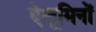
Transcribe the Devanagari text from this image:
ऐलूमिनों